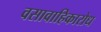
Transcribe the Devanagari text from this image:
वसावाहिकारोध